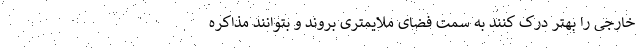
خارجی را بهتر درک کنند به سمت فضای ملایمتری بروند و بتوانند مذاکره